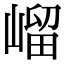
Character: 嵧